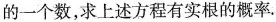
的一个数，求上述方程有实根的概率.